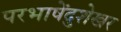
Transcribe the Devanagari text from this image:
परभाषेंदुशेखर